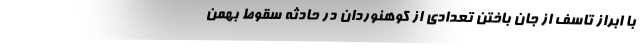
با ابراز تاسف از جان باختن تعدادی از کوهنوردان در حادثه سقوط بهمن